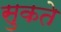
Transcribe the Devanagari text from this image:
सुकते